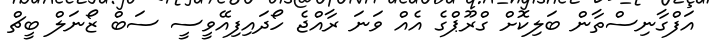
އަފްގާނިސްތާން ބަލިކޮށް ގްރޫޕްގެ އެއް ވަނަ ރާއްޖެ ހޯދައިފިއޭވީސީ ސަބް ޒޯނަލް ބީޗް